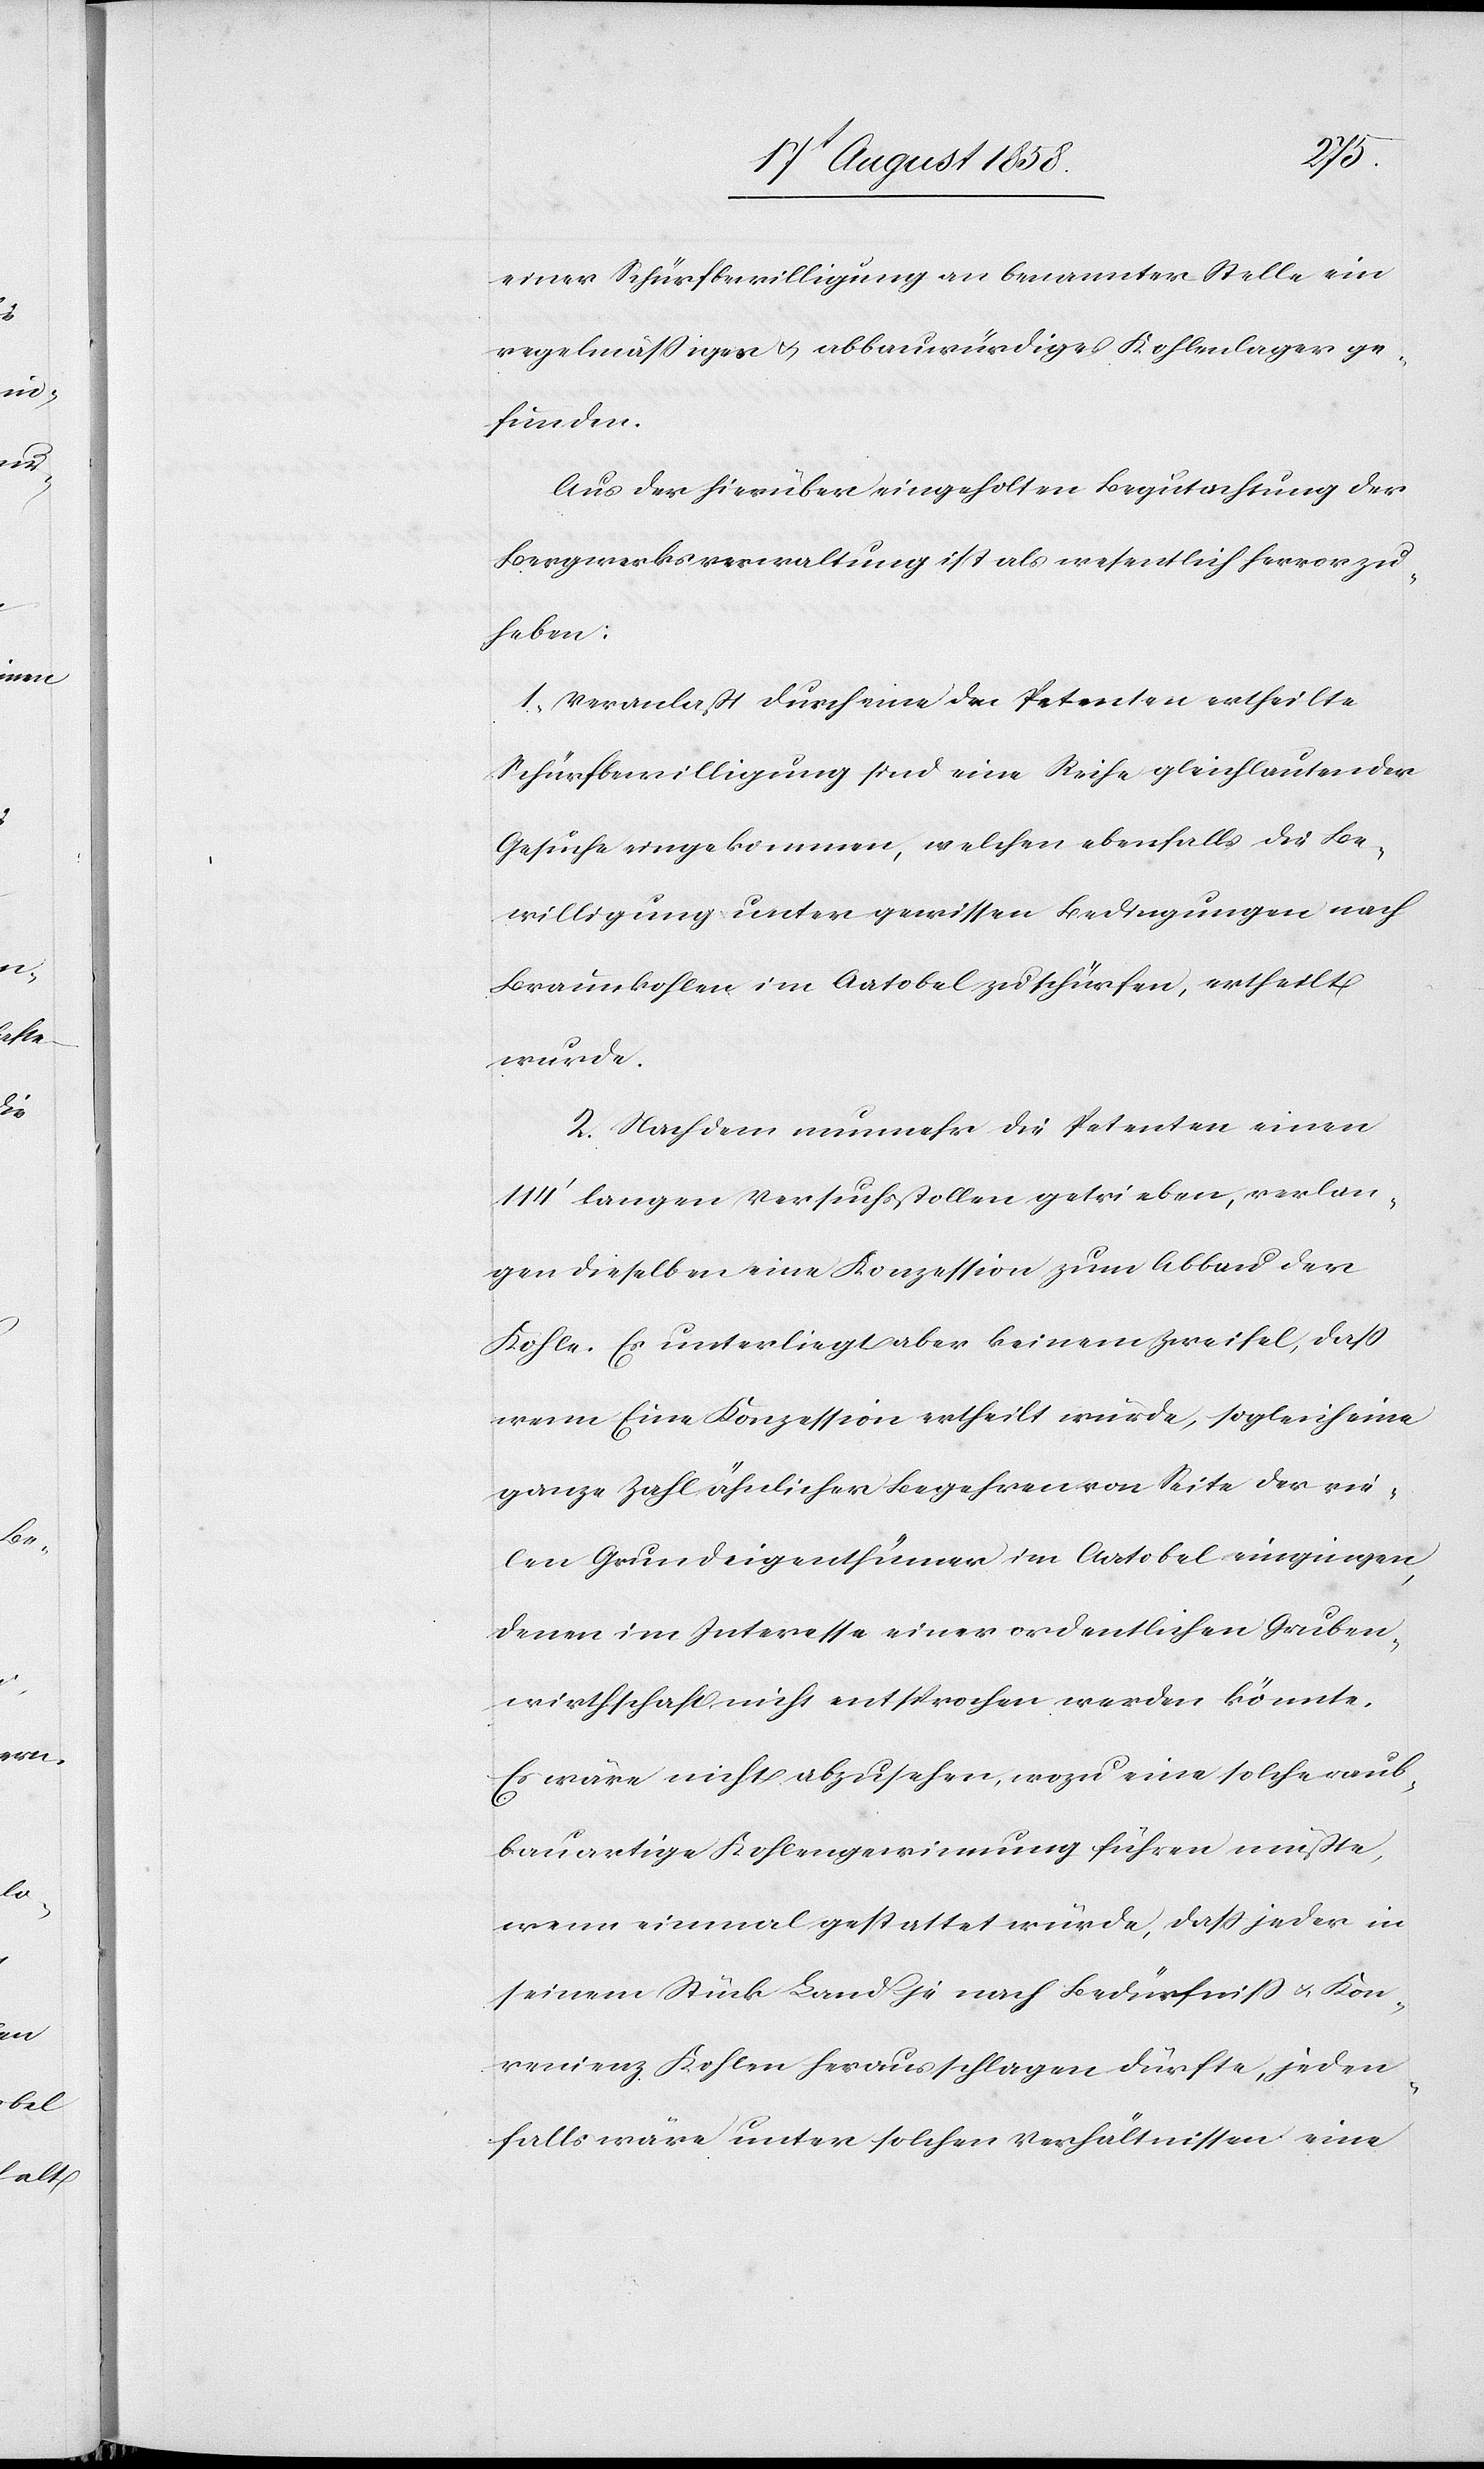
einer Schürfbewilligung an benannter Stelle ein
regelmässiges & abbauwürdiges Kohlenlager ge¬
funden.
Aus der hierüber eingeholten Begutachtung der
Bergwerksverwaltung ist als wesentlich hervorzu¬
heben:
1. Veranlaßt durch eine den Petenten ertheilte
Schürfbewilligung sind eine Reihe gleichlautender
Gesuche eingekommen, welchen ebenfalls die Be¬
willigung unter gewissen Bedingungen nach
Braunkohlen im Aatobel zu schürfen, ertheilt
wurde.
2. Nachdem nunmehr die Petenten einen
114‘ langen Versuchsstollen getrieben, verlan¬
gen dieselben eine Konzession zum Abbau der
Kohle. Es unterliegt aber keinem Zweifel, dass
wenn Eine Konzession ertheilt würde, sogleich eine
ganze Zahl ähnlicher Begehren von Seite der vie¬
len Grundeigenthümer im Aatobel eingingen,
denen im Interesse einer ordentlichen Gruben¬
wirthschaft nicht entsprochen werden könnte.
Es wäre nicht abzusehen, wozu eine solche raub¬
bauartige Kohlengewinnung führen müßte,
wenn einmal gestattet würde, dass jeder in
seinem Stück Land je nach Bedürfniss & Kon¬
venienz Kohlen herausschlagen dürfte, jeden¬
falls wäre unter solchen Verhältnissen eine